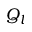
Q _ { l }